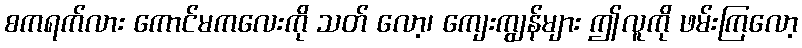
စကရက်လား ကောင်မကလေးကို သတ် လော့၊ ကျေးကျွန်များ ဤလူကို ဖမ်းကြလော့